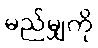
မည်မျှကို